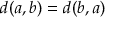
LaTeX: d ( a , b ) = d ( b , a )